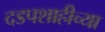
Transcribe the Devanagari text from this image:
दडपशाहीच्या